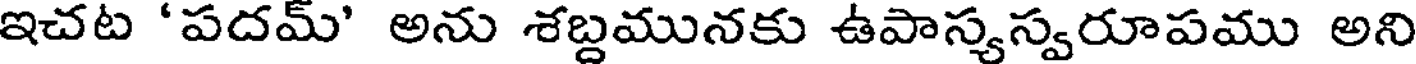
ఇచట 'పదమ్' అను శబ్దమునకు ఉపాస్యస్వరూపము అని